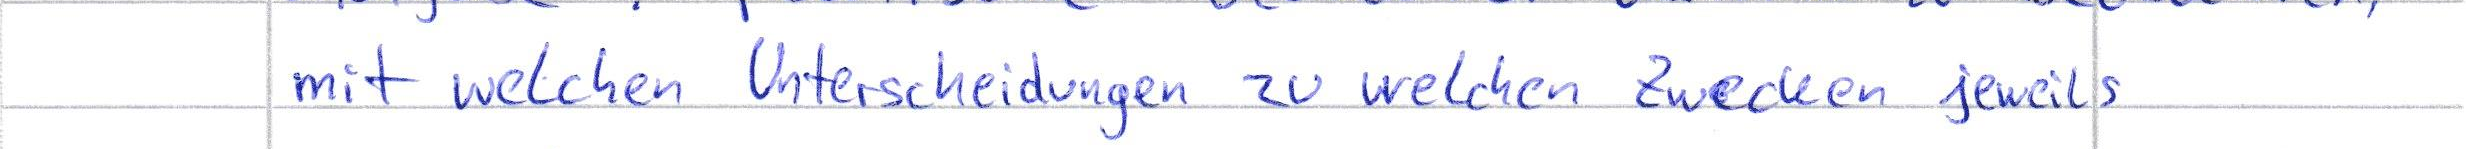
mit welchen Unterscheidungen zu welchen Zwecken jeweils